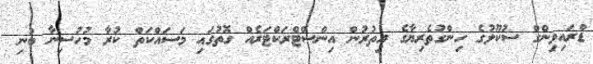
ޑްރައިވިންގް ސުކޫލުގެ ހިންގުތެރިޔާގެ އިތުރުން އިންސްޓްރަކްޓަރެއް ގޮތުގައި މަސައްކަތް ކުރާ މުހުސިނާ ބުނި